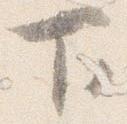
下